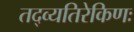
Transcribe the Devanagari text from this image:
तद्व्यतिरेकिणः